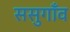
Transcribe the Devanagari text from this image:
ससुगाँव